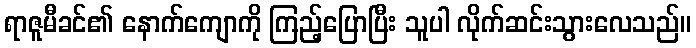
ရာဇူမီခင်၏ နောက်ကျောကို ကြည့်ပြောပြီး သူပါ လိုက်ဆင်းသွားလေသည်။